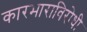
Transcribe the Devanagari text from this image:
कारभाराविरोधी